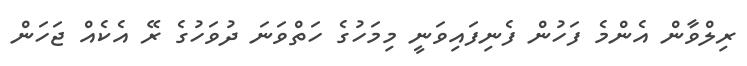
ރިލްވާން އެންމެ ފަހުން ފެނިފައިވަނީ މިމަހުގެ ހަތްވަނަ ދުވަހުގެ ރޭ އެކެއް ޖަހަން